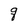
Character: q